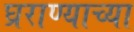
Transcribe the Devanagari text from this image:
घ्रराण्याच्या